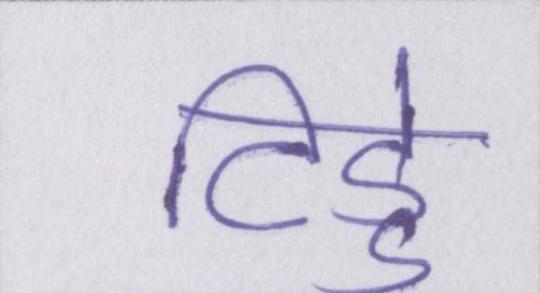
टिड्डे